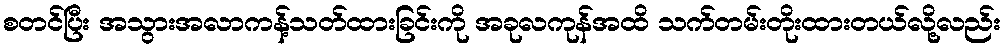
စတင်ပြီး အသွားအလာကန့်သတ်ထားခြင်းကို အခုလကုန်အထိ သက်တမ်းတိုးထားတယ်လို့လည်း